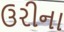
ઉરીના